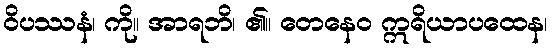
ဝိပဿနံ၊ ကို။ အာရဘိ၊ ၏။ တေနေဝ ဣရိယာပထေန၊